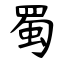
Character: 蜀